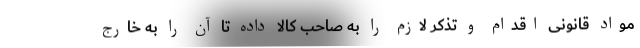
مواد قانونی اقدام و تذکر لازم را به صاحب کالا داده تا آن را به خارج